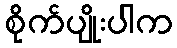
စိုက်ပျိုးပါက